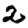
Digit: 2